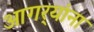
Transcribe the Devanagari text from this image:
आगर्‍यांना